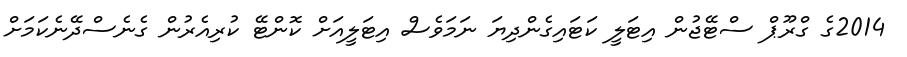
2014ގެ ގްރޫޕް ސްޓޭޖުން އިޓަލީ ކަޓައިގެންދިޔަ ނަމަވެސް އިޓަލީއަށް ކޮންޓޭ ކުރިއެރުން ގެނެސްދޭނެކަމަށް